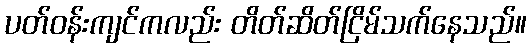
ပတ်ဝန်းကျင်ကလည်း တိတ်ဆိတ်ငြိမ်သက်နေသည်။